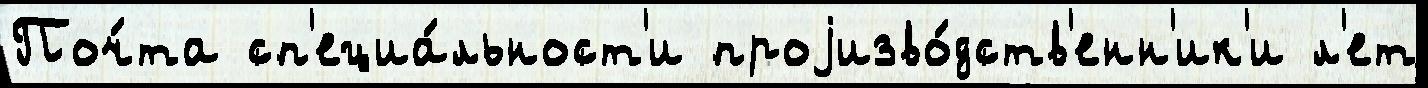
Поч́та сп'ециа́льност'и проjизво́дств'енн'ик'и л'ет